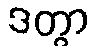
ဒတွာ